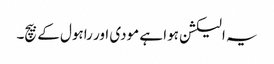
یہ الیکشن ہوا ہے مودی اور راہول کے بیچ۔